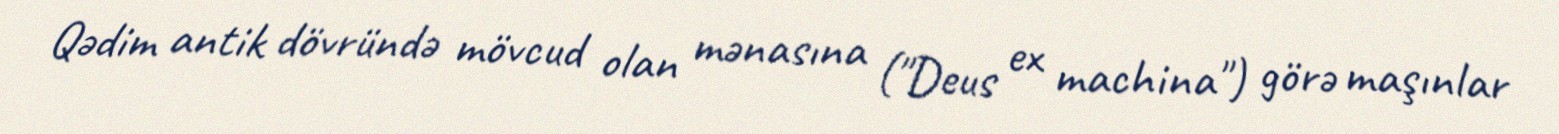
Qədim antik dövründə mövcud olan mənasına ("Deus ex machina") görə maşınlar